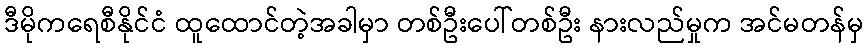
ဒီမိုကရေစီနိုင်ငံ ထူထောင်တဲ့အခါမှာ တစ်ဦးပေါ်တစ်ဦး နားလည်မှုက အင်မတန်မှ